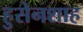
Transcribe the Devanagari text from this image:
हुसेनशाह